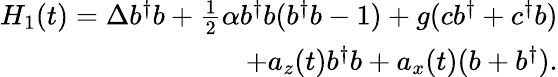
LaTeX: \begin{array}{r}{H_{1}(t)=\Delta b^{\dagger}b+\frac{1}{2}\alpha b^{\dagger}b(b^{\dagger}b-1)+g(cb^{\dagger}+c^{\dagger}b)}\\ {+a_{z}(t)b^{\dagger}b+a_{x}(t)(b+b^{\dagger}).}\end{array}